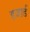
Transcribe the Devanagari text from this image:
हजार्ड